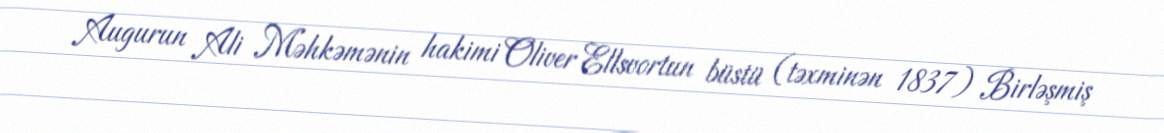
Augurun Ali Məhkəmənin hakimi Oliver Ellsvortun büstü (təxminən 1837) Birləşmiş